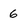
Character: 6